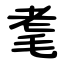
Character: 耄